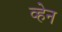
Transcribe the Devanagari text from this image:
व्‍हेन